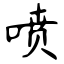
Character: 喷